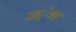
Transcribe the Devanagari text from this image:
उद्ेश्य